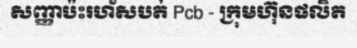
សញ្ញាប៉ះរហ័សបត់ Pcb - ក្រុមហ៊ុនផលិត